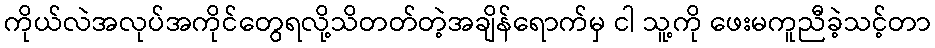
ကိုယ်လဲအလုပ်အကိုင်တွေရလို့သိတတ်တဲ့အချိန်ရောက်မှ ငါ သူ့ကို ဖေးမကူညီခဲ့သင့်တာ